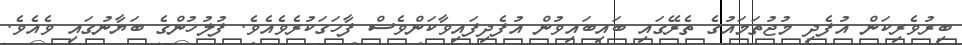
ބިރުވެރިކަން އުފެދި މުޖުތަމައުގެ ތެރޭގައި ބައިބައިވުން އުފެދިފައިވާކަންވެސް ފާހަގަކުރެވެއެވެ. ފުލުހުންގެ ބަޔާނުގައި ވެއެވެ.